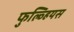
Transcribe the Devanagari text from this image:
फुल्व्हियस